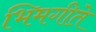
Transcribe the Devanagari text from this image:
भिमगीते